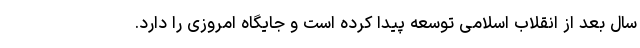
سال بعد از انقلاب اسلامی توسعه پیدا کرده است و جایگاه امروزی را دارد.